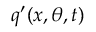
\boldsymbol { q } ^ { \prime } ( \boldsymbol { x } , \theta , t )